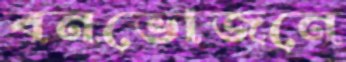
বনভোজনে